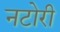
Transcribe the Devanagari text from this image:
नटोरी